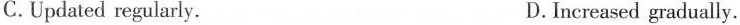
C.Updated regularly. D.Increased gradually.